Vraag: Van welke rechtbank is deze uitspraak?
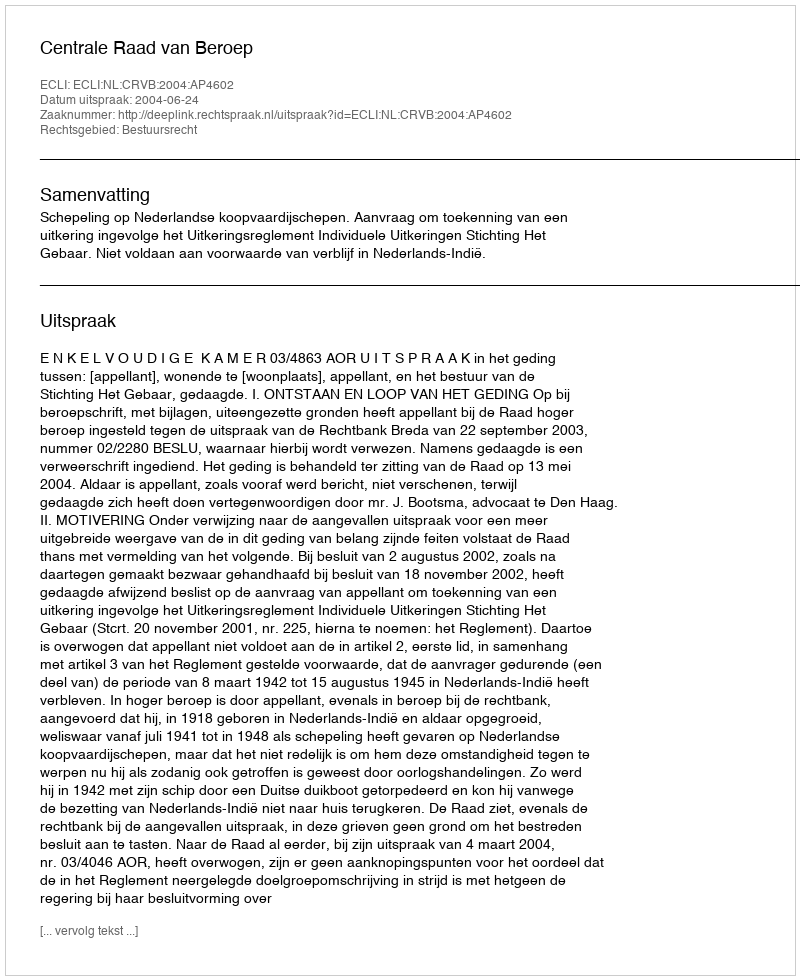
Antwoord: Centrale Raad van Beroep